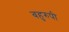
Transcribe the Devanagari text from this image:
बहुरुपी